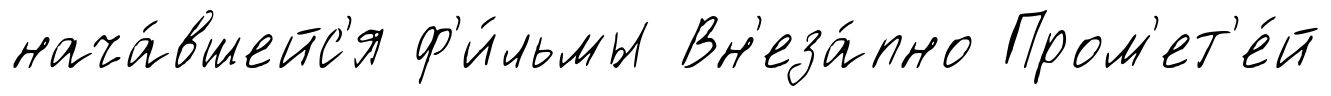
нача́вшейс'я ф'и́льмы Вн'еза́пно Пром'ет'е́й